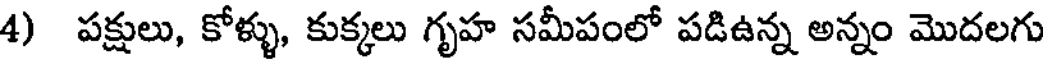
4) పక్షులు, కోళ్ళు, కుక్కలు గృహ సమీపంలో పడిఉన్న అన్నం మొదలగు